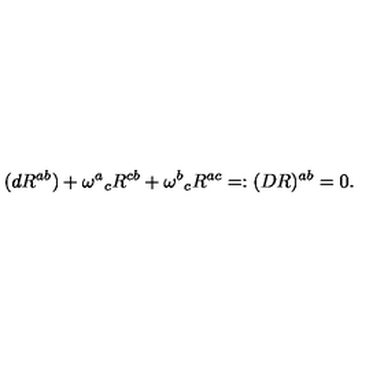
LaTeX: ( d R ^ { a b } ) + \omega ^ { a } { } _ { c } R ^ { c b } + \omega ^ { b } { } _ { c } R ^ { a c } = : ( D R ) ^ { a b } = 0 .